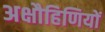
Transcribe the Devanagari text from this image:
अक्षौहिणियों